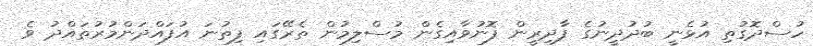
ހުސްދޮގުތި އުޅެނީ ބުދުދީނުގެ ފާދިރީން ފޮނުވާއިގެން މުސްލިމުން ތެރޭގައި ފިތުނަ އުފައްދަންމުރުތައްދު ވެ